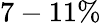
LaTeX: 7-11\%